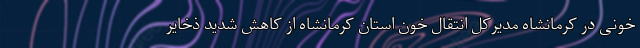
خونی در کرمانشاه مدیرکل انتقال خون استان کرمانشاه از کاهش شدید ذخایر